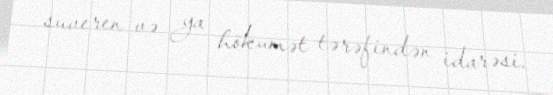
suveren və ya hökumət tərəfindən idarəsi.